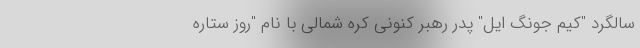
سالگرد "کیم جونگ ایل" پدر رهبر کنونی کره شمالی با نام "روز ستاره